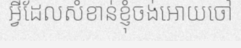
អ្វីដែលសំខាន់ខ្ញុំចង់អោយចៅ